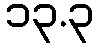
၁၃.၃